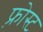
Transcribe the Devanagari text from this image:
फ़्रोस्ट